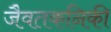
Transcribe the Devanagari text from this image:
जैवतकनिकी